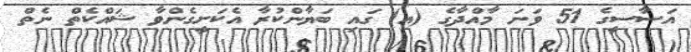
އަސާސީގެ 51 ވަނަ މާއްދާގެ (އ) ގައި ބަޔާންކުރާ އެކަށީގެންވާ ޝައްކެތް ނެތް